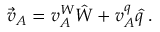
\vec { v } _ { A } = v _ { A } ^ { W } \hat { W } + v _ { A } ^ { q } \hat { q } \; .